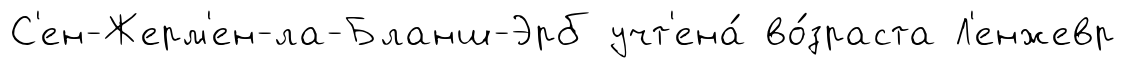
С'ен-Жерм'ен-ла-Бланш-Эрб учт'ена́ во́зраста Л'енжевр